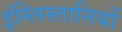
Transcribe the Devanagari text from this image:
इंग्लिस्तानियों